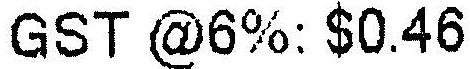
GST @6%: $0.46